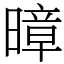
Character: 暲